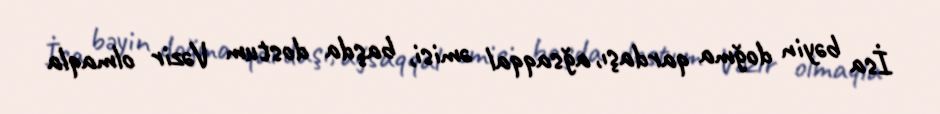
İsa bəyin doğma qardaşı, ağsaqqal əmisi, başda dostum Vəzir olmaqla